Scottish Certificate of Education, 1963
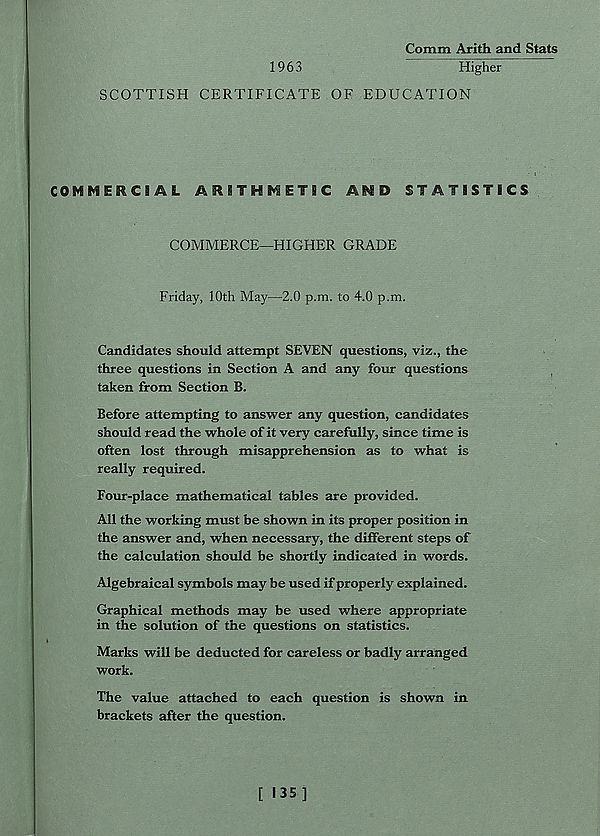
Comm Arith and Stats
1963
Higher
SCOTTISH CERTIFICATE OE EDUCATION
COMMERCIAL ARITHMETIC AMD STATISTICS
COMMERCE-HIGHER GRADE
Friday, 10th May—2.0 p.m. to 4.0 p.m.
Candidates should attempt SEVEN questions, viz., the
three questions in Section A and any four questions
taken from Section B.
Before attempting to answer any question, candidates
should read the whole of it very carefully, since time is
often lost through misapprehension as to what is
really required.
Four-place mathematical tables are provided.
All the working must be shown in its proper position in
the answer and, when necessary, the different steps of
the calculation should be shortly indicated in words.
Algebraical symbols may be used if properly explained.
Graphical methods may be used where appropriate
in the solution of the questions on statistics.
Marks will be deducted for careless or badly arranged
work.
The value attached to each question is shown in
brackets after the question.
[ 135]